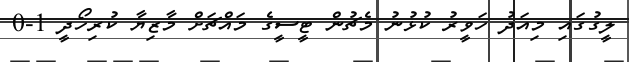
ލީގުގައި މިއަދު ހަވީރު ކުޅުނު މެޗުން ޓީސީގެ މައްޗަށް މާޒިޔާ ކުރިހޯދީ 1-0